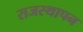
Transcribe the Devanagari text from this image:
राजस्थापन